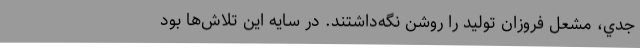
جدي، مشعل فروزان توليد را روشن نگه­داشتند. در سايه اين تلاش‌ها بود